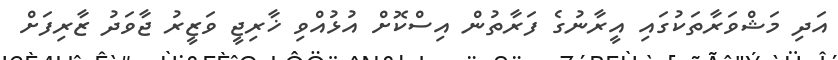
އަދި މަޝްވަަރާތަކުގައި އީރާނުގެ ފަރާތުން އިސްކޮށް އުޅުއްވި ޚާރިޖީ ވަޒީރު ޖާވަދު ޒާރިފަށް